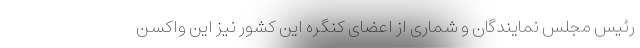
رئیس مجلس نمایندگان و شماری از اعضای کنگره این کشور نیز این واکسن